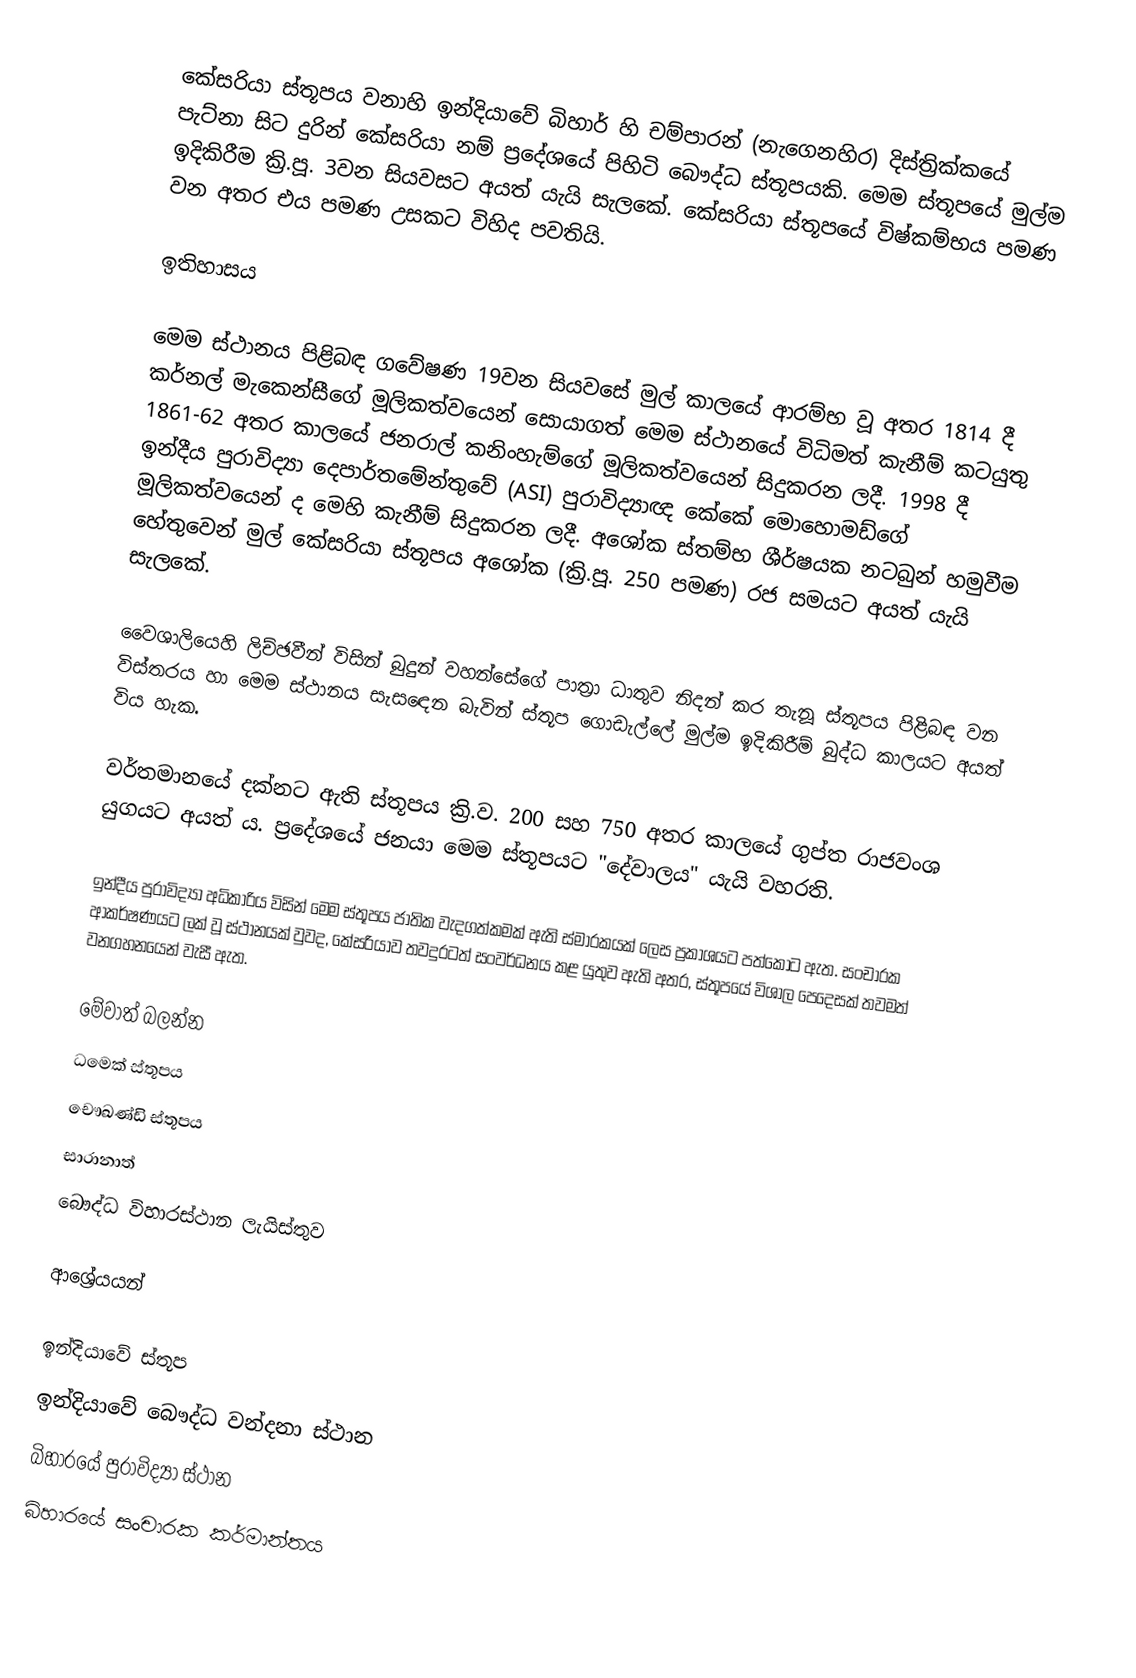
කේසරියා ස්තූපය වනාහි ඉන්දියාවේ බිහාර් හි චම්පාරන් (නැගෙනහිර) දිස්ත්‍රික්කයේ පැට්නා සිට  දුරින් කේසරියා නම් ප්‍රදේශයේ පිහිටි බෞද්ධ ස්තූපයකි. මෙම ස්තූපයේ මුල්ම ඉදිකිරීම ක්‍රි.පූ. 3වන සියවසට අයත් යැයි සැලකේ. කේසරියා ස්තූපයේ විෂ්කම්භය  පමණ වන අතර එය  පමණ උසකට විහිද පවතියි.

ඉතිහාසය

මෙම ස්ථානය පිළිබඳ ගවේෂණ 19වන සියවසේ මුල් කාලයේ ආරම්භ වූ අතර 1814 දී කර්නල් මැකෙන්සීගේ මූලිකත්වයෙන් සොයාගත් මෙම ස්ථානයේ විධිමත් කැනීම් කටයුතු 1861-62 අතර කාලයේ ජනරාල් කනිංහැම්ගේ මූලිකත්වයෙන් සිදුකරන ලදී. 1998 දී ඉන්දීය පුරාවිද්‍යා දෙපාර්තමේන්තුවේ (ASI) පුරාවිද්‍යාඥ කේකේ මොහොමඩ්ගේ මූලිකත්වයෙන් ද මෙහි කැනීම් සිදුකරන ලදී.  අශෝක ස්තම්භ ශීර්ෂයක නටබුන් හමුවීම හේතුවෙන් මුල් කේසරියා ස්තූපය අශෝක (ක්‍රි.පූ. 250 පමණ) රජ සමයට අයත් යැයි සැලකේ.

වෛශාලියෙහි ලිච්ඡවීන් විසින් බුදුන් වහන්සේගේ පාත්‍රා ධාතුව නිදන් කර තැනූ ස්තූපය පිළිබඳ වන විස්තරය හා මෙම ස්ථානය සැසඳෙන බැවින් ස්තූප ගොඩැල්ලේ මුල්ම ඉදිකිරීම් බුද්ධ කාලයට අයත් විය හැක.

වර්තමානයේ දක්නට ඇති ස්තූපය ක්‍රි.ව. 200 සහ 750 අතර කාලයේ ගුප්ත රාජවංශ යුගයට අයත් ය. ප්‍රදේශයේ ජනයා මෙම ස්තූපයට "දේවාලය" යැයි වහරති.

ඉන්දීය පුරාවිද්‍යා අධිකාරිය විසින් මෙම ස්තූපය ජාතික වැදගත්කමක් ඇති ස්මාරකයක් ලෙස ප්‍රකාශයට පත්කොට ඇත. සංචාරක ආකර්ෂණයට ලක් වූ ස්ථානයක් වුවද, කේසරියාව තවදුරටත් සංවර්ධනය කළ යුතුව ඇති අතර, ස්තූපයේ විශාල පෙදෙසක් තවමත් වනගහනයෙන් වැසී ඇත.

මේවාත් බලන්න
ධමෙක් ස්තූපය
චෞඛණ්ඩි ස්තූපය
සාරානාත්
බෞද්ධ විහාරස්ථාන ලැයිස්තුව

ආශ්‍රේයයන්

ඉන්දියාවේ ස්තූප
ඉන්දියාවේ බෞද්ධ වන්දනා ස්ථාන
බිහාරයේ පුරාවිද්‍යා ස්ථාන
බිහාරයේ සංචාරක කර්මාන්තය